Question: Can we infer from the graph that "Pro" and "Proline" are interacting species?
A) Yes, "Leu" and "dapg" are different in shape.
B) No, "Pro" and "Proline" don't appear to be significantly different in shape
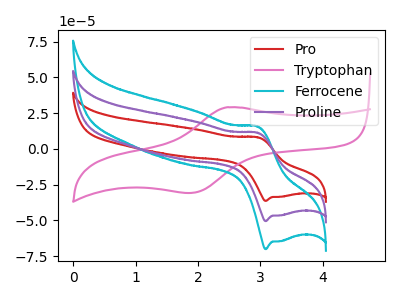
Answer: <think>The red curve "Pro" has an anodic peak at (2.95V, 8.05uA) and a cathodic peak at (3.10V, -36.35uA). The pink curve "Tryptophan" has an anodic peak at (2.45V, 29.10uA) and a cathodic peak at (1.85V, -30.80uA). The cyan curve "Ferrocene" has an anodic peak at (2.95V, 22.35uA) and a cathodic peak at (3.10V, -100.90uA). The purple curve "Proline" has an anodic peak at (2.95V, 11.15uA) and a cathodic peak at (3.10V, -50.45uA).
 All the peaks in "Pro" have a peak in "Proline" at the same potential. Every peak in "Pro" is lower than every peak in "Proline".</think>
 <answer>B) No, "Pro" and "Proline" don't appear to be significantly different in shape</answer>
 <eval>B</eval>